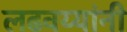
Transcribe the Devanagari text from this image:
लढवय्यांनी